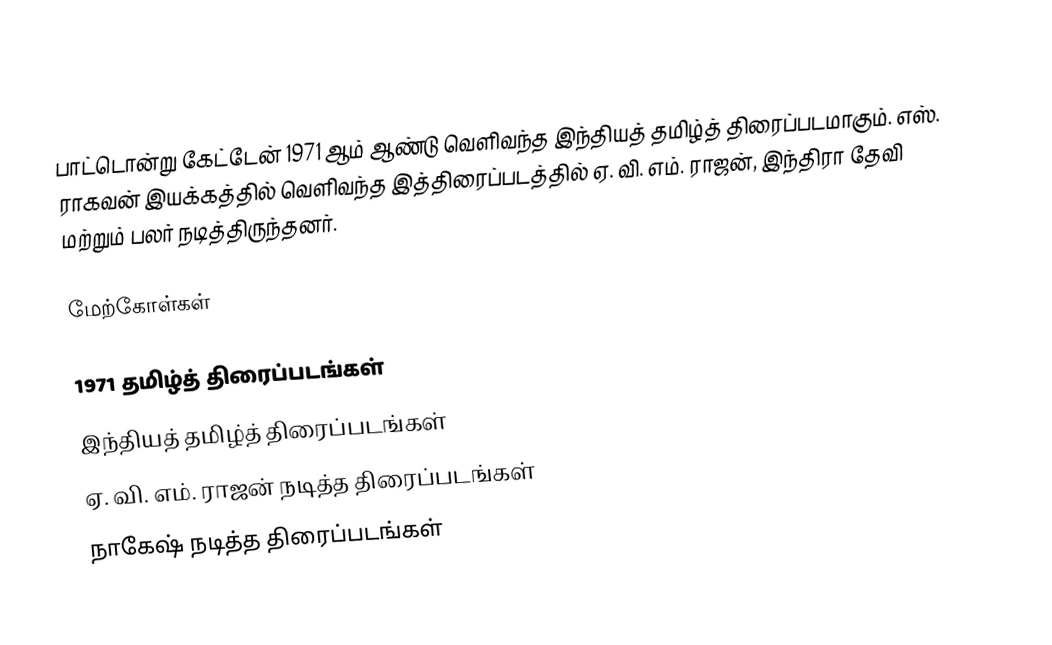
பாட்டொன்று கேட்டேன் 1971 ஆம் ஆண்டு வெளிவந்த இந்தியத் தமிழ்த் திரைப்படமாகும். எஸ். ராகவன் இயக்கத்தில் வெளிவந்த இத்திரைப்படத்தில் ஏ. வி. எம். ராஜன், இந்திரா தேவி மற்றும் பலர் நடித்திருந்தனர்.

மேற்கோள்கள்

1971 தமிழ்த் திரைப்படங்கள்
இந்தியத் தமிழ்த் திரைப்படங்கள்
ஏ. வி. எம். ராஜன் நடித்த திரைப்படங்கள்
நாகேஷ் நடித்த திரைப்படங்கள்